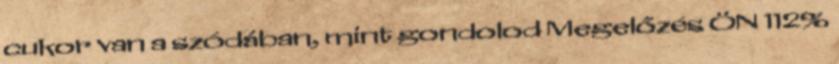
cukor van a szódában, mint gondolod Megelőzés ÖN 112%